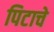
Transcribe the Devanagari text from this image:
पिटाचे